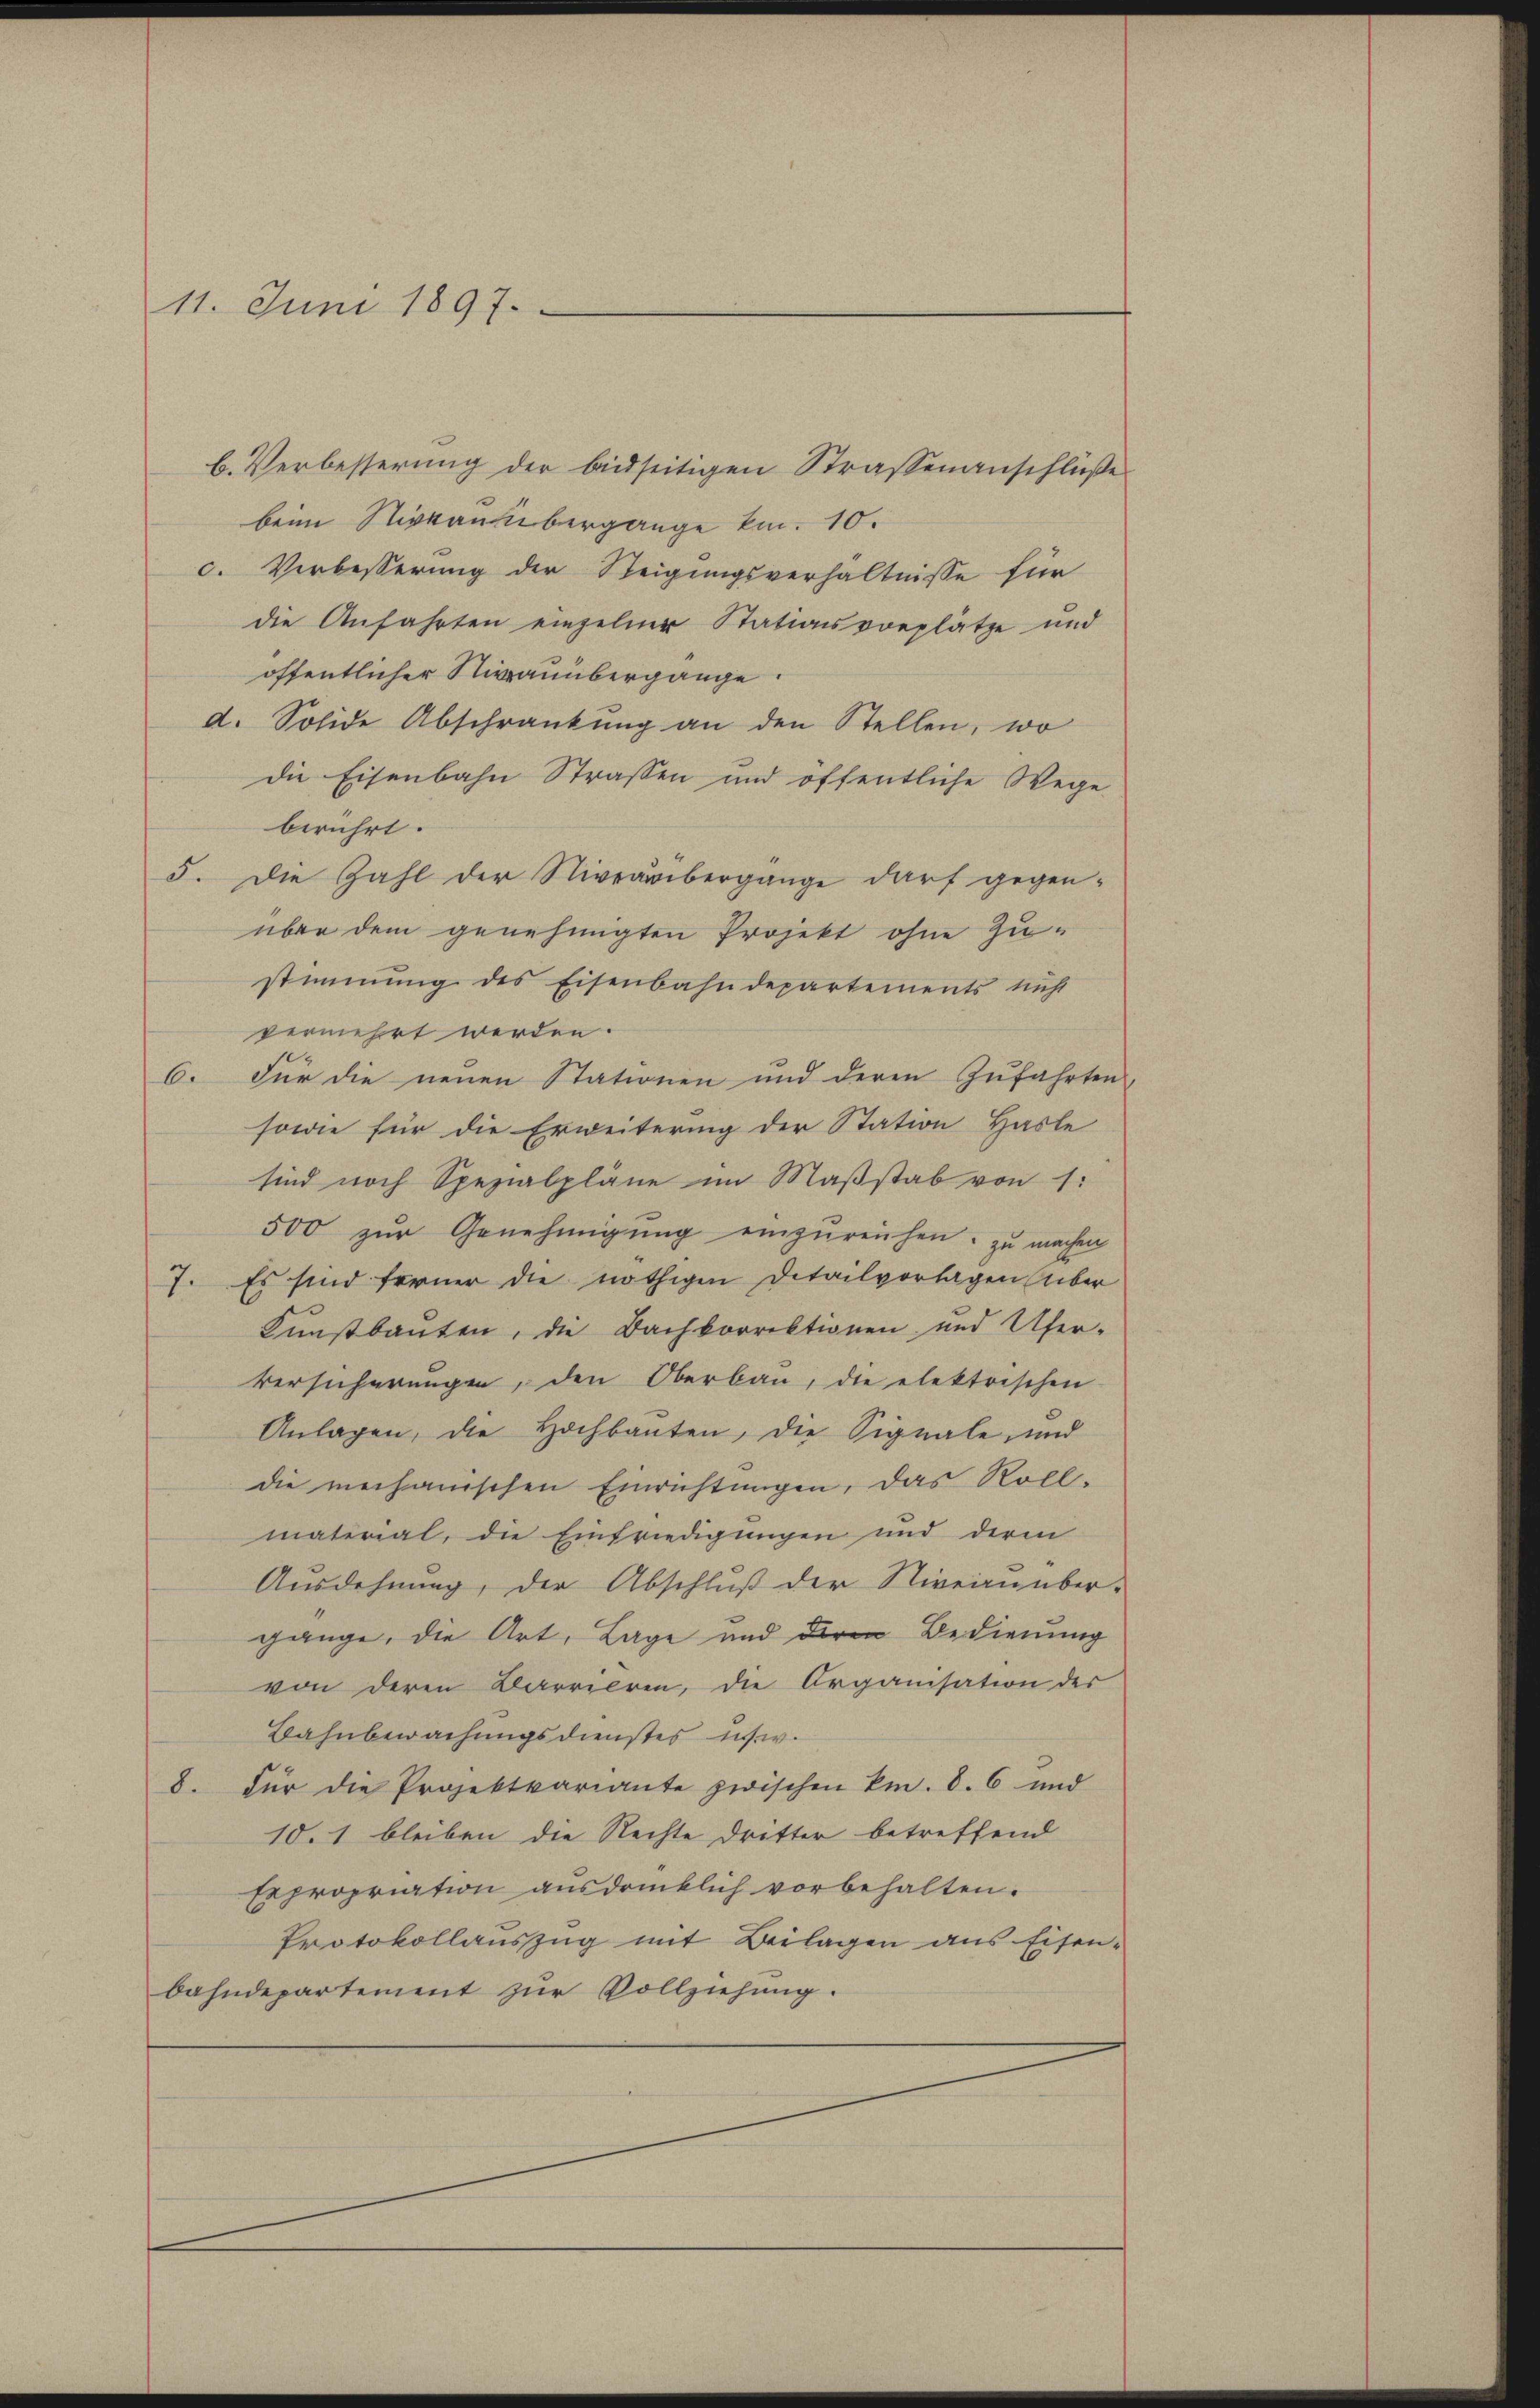
11. Juni 1897.

b. Verbesserung der beidseitigen Strassenanschlüße
beim Niveau übergange km. 10.
c. Verbesserung der Steigungsverhältnisse für
die Anfahrten einzelner Stationsvorplätze und
öffentlicher Nieauübergange
d. Solide Abschränkung an den Stellen, wo
die Eisenbahn Strassen und öffentliche Wege
berührt.
5. Die Zahl der Nivearbergange darf gegen-
über dem genehmigten Projekt ohne Zustimmung des Eisenbahndepartements nicht
vermehrt werden.
6. Für die neuen Stationen und deren Zufahrten,
sowie für die Erweiterung der Station Hasle
sind noch Spezialpläne im Maßstab von 1:
500 zŭr Genehmigŭng einzŭreichen, zu machen
7. Es sind ferner die nöthigen Detailvorlagen über
Kunstbauten, die Dachkorrektionen und Ufer-
versicherungen, den Oberbau, die elektrischen
Anlagen, die Hochbauten, die Signale, und
die mechanischen Einrichtungen, das Roll-
material, die Einfriedigungen und derm
Ausdehnung, der Abschluß der Niveinüber-
gänge, die Art, Lage und der Bedienung
von deren Barrieren, die Organisation des
Bahnbewachungsdienstes in w
8. Für die Projektvariante zwischen Fr. 8. 6 und
10. 1 bleiben die Rechte dritter betreffend
Expropriation ausdrücklich vorbehalten.
Protokollauszug mit Beilagen aus Eisen-
bahndepartement zŭr Vollziehŭng.